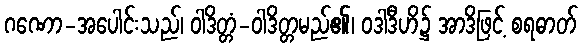
ဂဏော-အပေါင်းသည်၊ ဝါဒိတ္တံ-ဝါဒိတ္တမည်၏၊ ဝဒါဒီဟိ၌ အာဒိဖြင့် စရဓာတ်